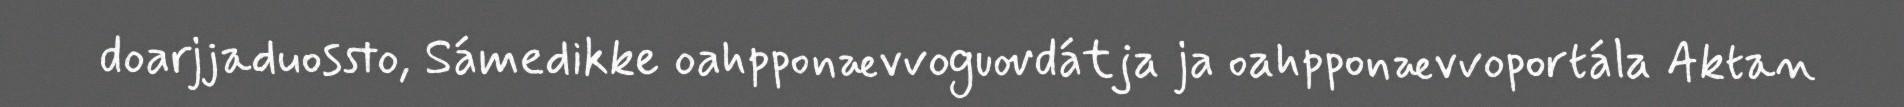
doarjjaduossto, Sámedikke oahpponævvoguovdátja ja oahpponævvoportála Aktan